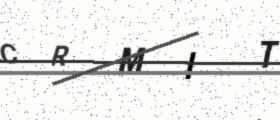
Text: CRMIT